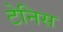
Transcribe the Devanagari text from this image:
टेनिस